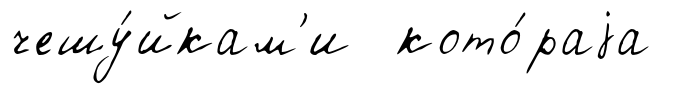
чешу́йкам'и кото́раjа